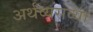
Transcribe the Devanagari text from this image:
अर्थव्यसव्था